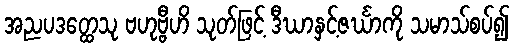
အညပဒတ္ထေသု ဗဟုဗ္ဗီဟိ သုတ်ဖြင့် ဒီဃာနှင့်ဇင်္ဃာကို သမာသ်စပ်၍